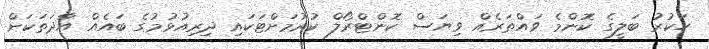
ހަކުރު ބަލީގެ ކޮންމެ ވައްތަރެއް ވިޔަސް ކޮންޓްރޯލް ކުރުމަށްޓަކައި ދިރިއުޅުމުގެ ބައެއް އާދަތަކަށް